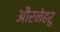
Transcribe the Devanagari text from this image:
औरनेहरु